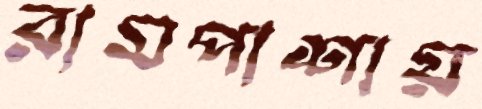
রামপাশায়